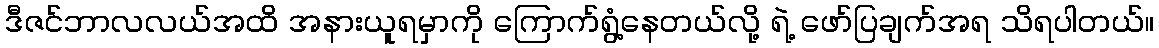
ဒီဇင်ဘာလလယ်အထိ အနားယူရမှာကို ကြောက်ရွံ့နေတယ်လို့ ရဲ့ ဖော်ပြချက်အရ သိရပါတယ်။